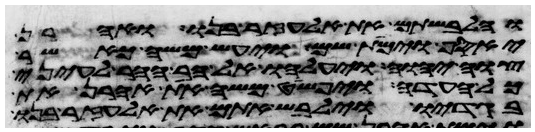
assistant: והלבשתם את אלעזר בנו ואהרן
יאסף וימת שם ויעש משה כאשר
צוה יהוה ויעלהו אל הר ההר לעיני
כל העדה ויפשט משה את אהרן את
בגדיו וילבש אתם את אלעזר בנו